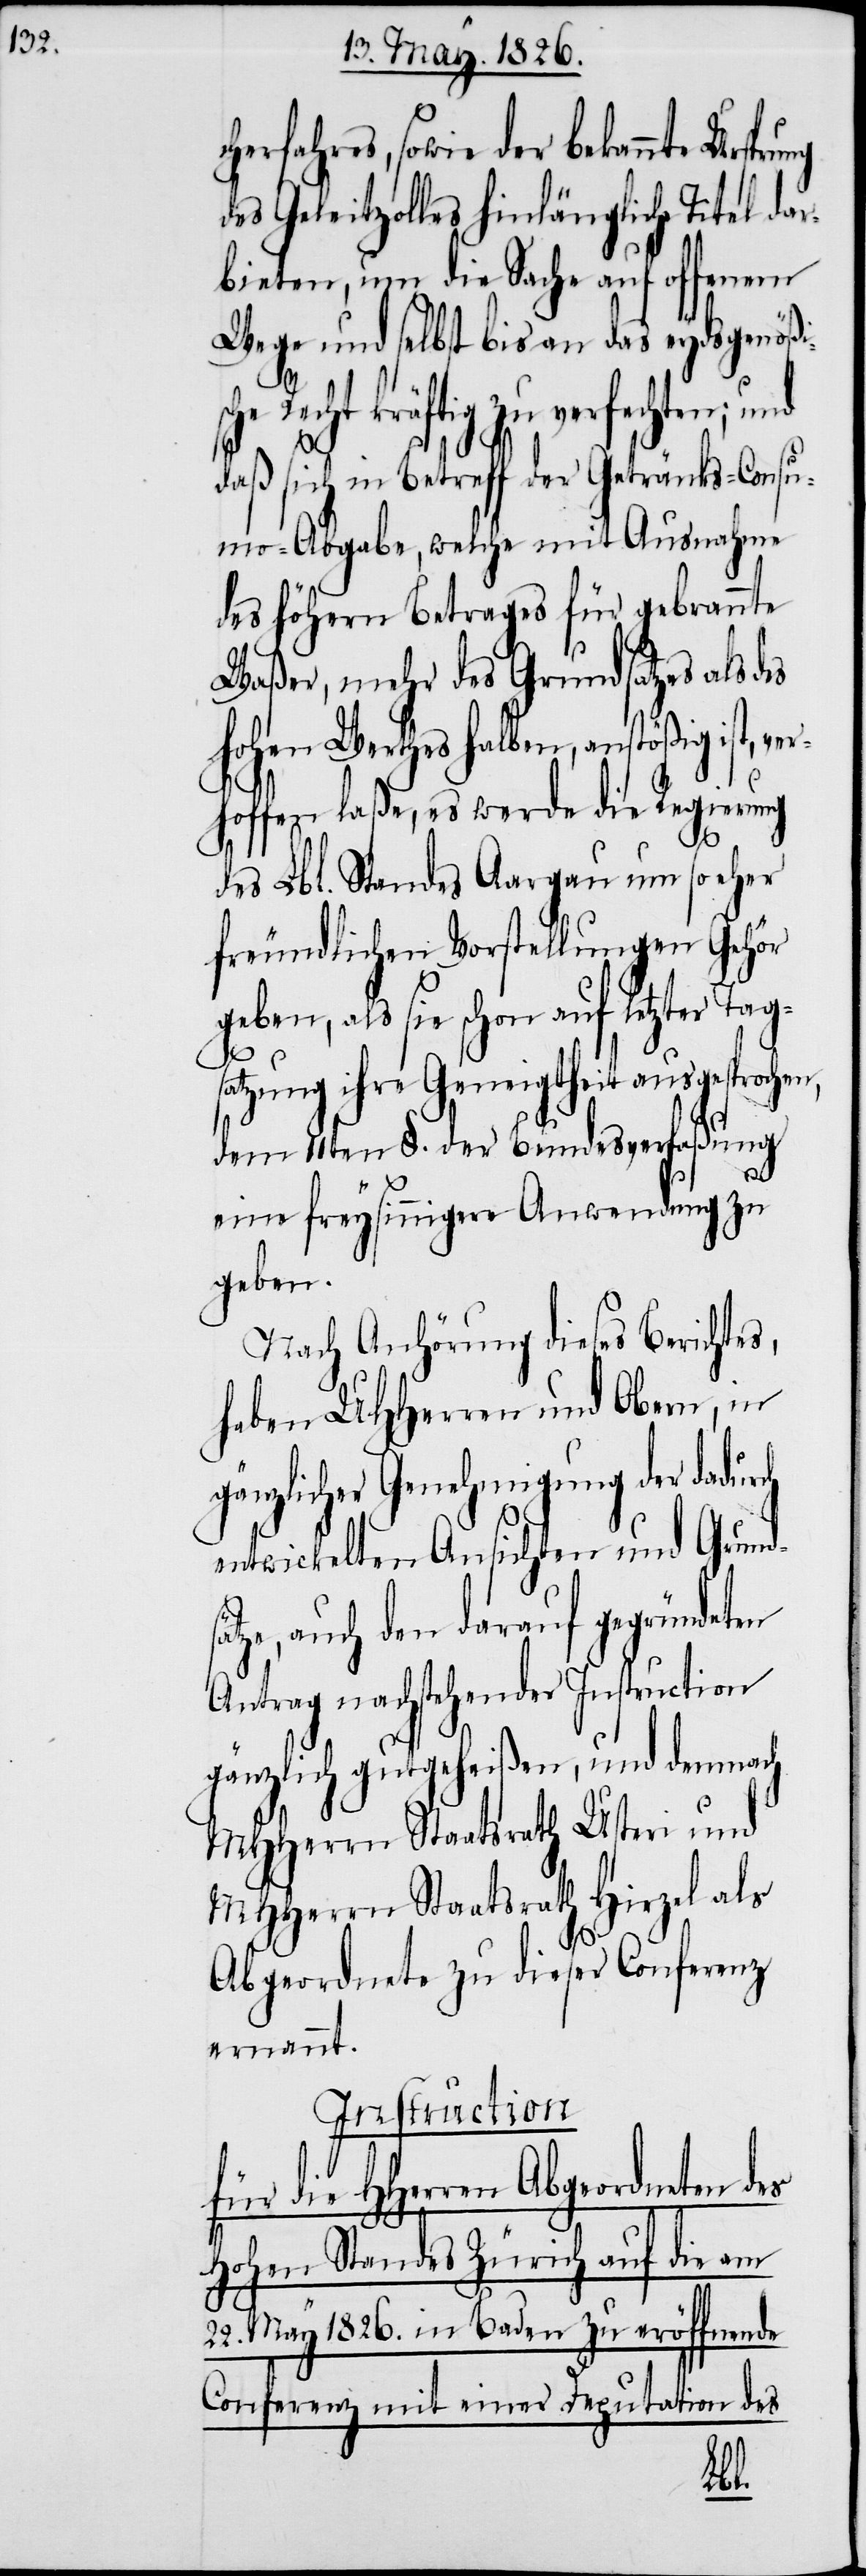
erfahres, sowie der bekannte
des Geleitzolles hinlängliche Titel dar¬
bieten, um die Sache auf offenem
Wege und selbst bis an das eydsgenößi¬
Recht kräftig zu verfechten;
daß sich in Betreff der Getränks-Consu¬
mo-Abgabe, welche mit Ausnahme
des höhern Betrages für gebrannte
Waßer, mehr des Grundsatzes als des
hohen Werthes halben, anstößig ist,
hoffen laße, es werde die Regierung
des Lbl. Standes Aargau um so eher
freundlichen Vorstellungen Gehör
geben, als sie schon auf letzter Tag¬
satzung ihre Geneigtheit ausgesprochen,
dem 11ten §. der Bundesverfaßung
eine freysinnigere Anwendung zu
geben.
Nach Anhörung dieses Berichtes,
haben UHHerren und Obern, in
gänzlicher Genehmigung der dadurch
entwickelten Ansichten und Grund¬
ze, auch den darauf gegründeten
Antrag nachstehender Instruction
gänzlich gutgeheißen, und demnach
MHHerrn Staatsrath Usteri und
MHHerrn Staatsrath Hirzel als
Abgeordnete zu dieser Conferenz
ernannt.
Instruction
für die HHerren Abgeordneten des
Hohen Standes Zürich auf die am
22. May 1826. in Baden zu eröffnende
Conferenz mit einer Deputation des
sät¬